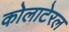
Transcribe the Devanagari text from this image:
कोलाटेरल